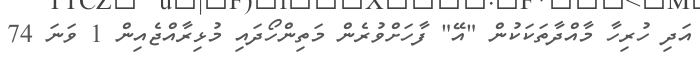
އަދި ހުރިހާ މާއްދާތަކަކުން "އޭ" ފާހަށްވުރެން މަތިންހޯދައި މުޅިރާއްޖެއިން 1 ވަނަ 74